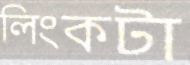
লিংকটা